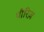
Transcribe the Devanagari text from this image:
पौरिज़